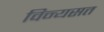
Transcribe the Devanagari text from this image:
विन्यसत